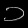
Digit: ၁